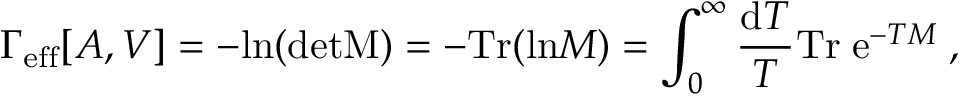
\Gamma _ { \mathrm { e f f } } [ A , V ] = - \mathrm { l n } ( \mathrm { d e t M } ) = - \mathrm { T r } ( \mathrm { l n } M ) = \int _ { 0 } ^ { \infty } { \frac { \mathrm { d } T } { T } } \mathrm { T r } \; \mathrm { e } ^ { - T M } \; ,